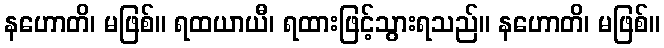
နဟောတိ၊ မဖြစ်။ ရထယာယီ၊ ရထားဖြင့်သွားရသည်။ နဟောတိ၊ မဖြစ်။